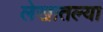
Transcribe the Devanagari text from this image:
लेखातल्या